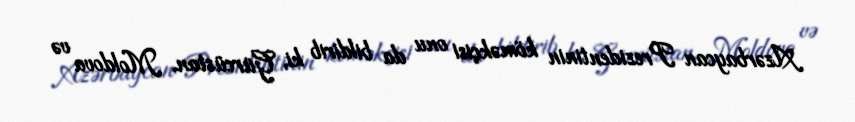
Azərbaycan Prezidentinin köməkçisi onu da bildirib ki, Gürcüstan, Moldova və